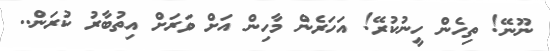
ނޫނޭ! ތިހެން ހީނުކުރޭ! އަހަރެން މާހިން އަށް ވަރަށް އިތުބާރު ކުރަން..